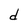
Character: d